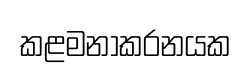
කළමනාකරනයක